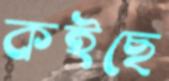
কইছে